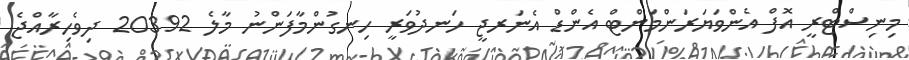
މިނިސްޓްރީ އޮފް އެންވަޔަރަންމަންޓް އެންޑް އެނަރޖީ ހަނދުވަރީ ހިނގުންމާފަންނު މާލެ 20392 ދިވެހިރާއްޖެ